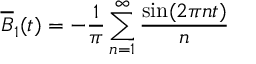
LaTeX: \overline { { { B } } } _ { 1 } ( t ) = - \frac { 1 } { \pi } \sum _ { n = 1 } ^ { \infty } \frac { \sin ( 2 \pi n t ) } { n }